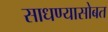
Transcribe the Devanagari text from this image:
साधण्यासोबत